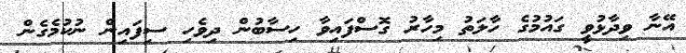
އޭނާ ވިދާޅުވީ ގައުމުގެ ހާލަތު މިހާރު ގޮސްފައިވާ ހިސާބުން ދިވެހި ސިފައިން ނުކުމެގެން